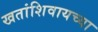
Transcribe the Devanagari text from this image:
खतांशिवायच्या